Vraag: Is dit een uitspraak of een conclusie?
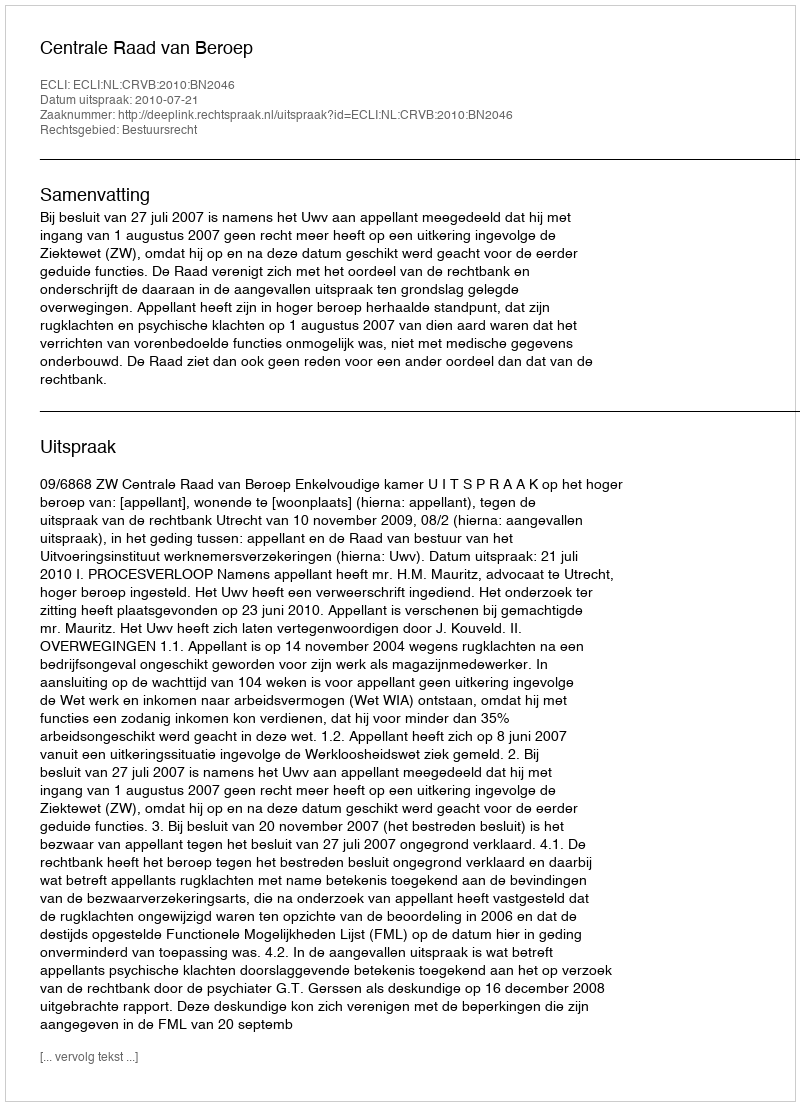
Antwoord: Uitspraak